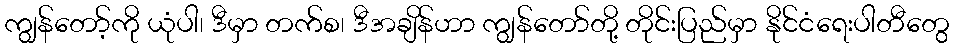
ကျွန်တော့်ကို ယုံပါ၊ ဒီမှာ တက်စ၊ ဒီအချိန်ဟာ ကျွန်တော်တို့ တိုင်းပြည်မှာ နိုင်ငံရေးပါတီတွေ